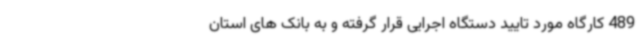
489 کارگاه مورد تایید دستگاه اجرایی قرار گرفته و به بانک های استان